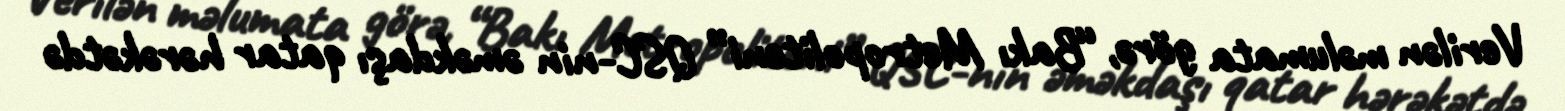
Verilən məlumata görə, “Bakı Metropoliteni” QSC-nin əməkdaşı qatar hərəkətdə